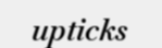
upticks